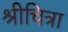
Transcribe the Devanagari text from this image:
श्रीचित्रा